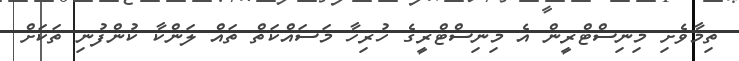
ތިމާވެށި މިނިސްޓްރީން އެ މިނިސްޓްރީގެ ހުރިހާ މަސައްކަތް ތައް ލަންކާ ކުންފުނި ތަކަށް